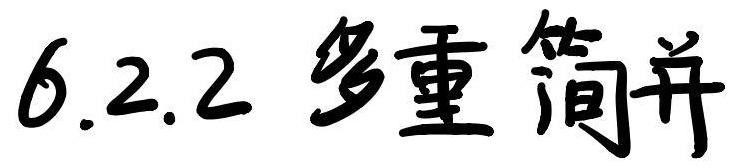
6.2.2 多重简并